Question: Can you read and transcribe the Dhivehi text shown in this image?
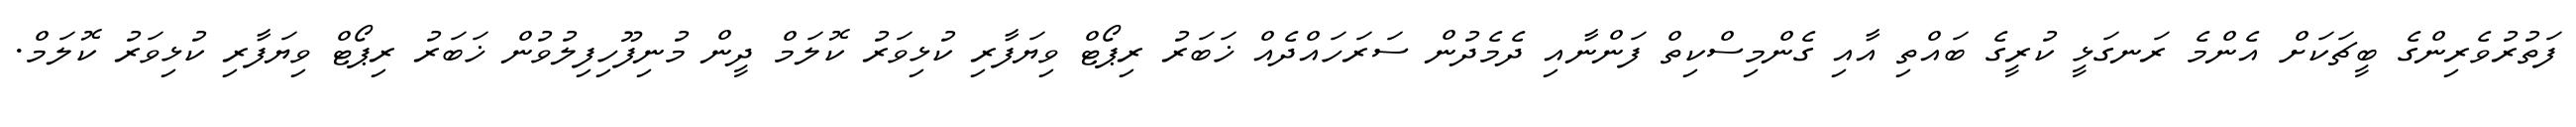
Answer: ފަތުރުވެރިންގެ ބީޗަކަށް އެންމެ ރަނގަޅީ ކުރީގެ ބައްތި އާއި ގެންމިސްކިތް ފަންނާއި ދެމެދުން ސަރަހައްދެއް ޚަބަރު ރިޕޯޓް ވިޔަފާރި ކުޅިވަރު ކޮލަމް ދީން މުނިފޫހިފިލުވުން ޚަބަރު ރިޕޯޓް ވިޔަފާރި ކުޅިވަރު ކޮލަމް.